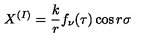
X ^ { ( I ) } = { \displaystyle \frac { k } { r } f _ { \nu } ( \tau ) \cos r \sigma }